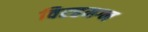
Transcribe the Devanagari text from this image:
विरहमग्न